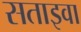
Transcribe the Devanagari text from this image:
सताइवा